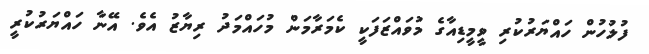
ފުލުހުން ހައްޔަރުކުރި ވީމީޑިއާގެ މުވައްޒަފަކީ ކެމަރާމަން މުހައްމަދު ރިޔާޒު އެވެެ. އޭނާ ހައްޔަރުކުރީ